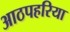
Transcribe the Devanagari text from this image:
आठपहरिया